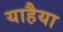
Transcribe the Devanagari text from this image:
याहैया